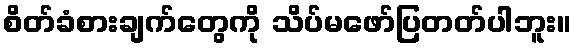
စိတ်ခံစားချက်တွေကို သိပ်မဖော်ပြတတ်ပါဘူး။